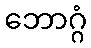
ဘောဂ္ဂံ